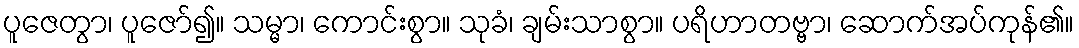
ပူဇေတွာ၊ ပူဇော်၍။ သမ္မာ၊ ကောင်းစွာ။ သုခံ၊ ချမ်းသာစွာ။ ပရိဟာတဗ္ဗာ၊ ဆောက်အပ်ကုန်၏။